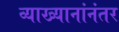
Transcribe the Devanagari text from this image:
व्याख्यानांनंतर